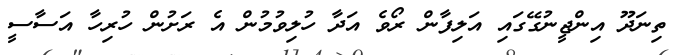
ތިނަދޫ އިންޖީނުގޭގައި އަލިފާން ރޯވެ އަދާ ހުލިވުމުން އެ ރަށުން ހުރިހާ އަސާސީ